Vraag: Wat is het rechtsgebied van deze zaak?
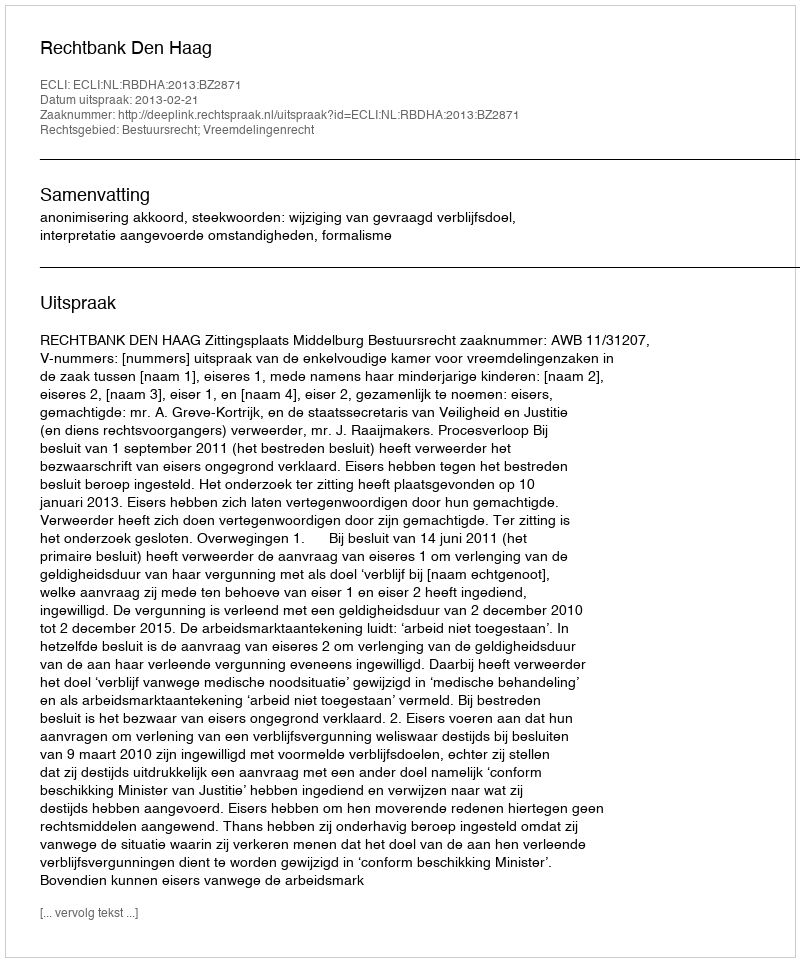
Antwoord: Bestuursrecht; Vreemdelingenrecht